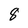
Character: 8